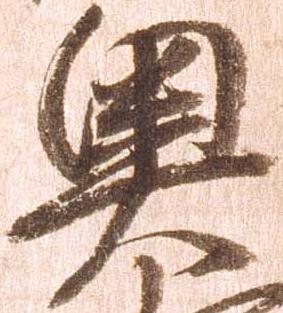
奥